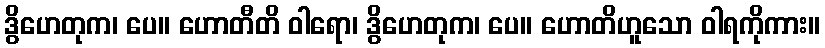
ဒွိဟေတုက၊ ပေ။ ဟောတီတိ ဝါရော၊ ဒွိဟေတုက၊ ပေ။ ဟောတိဟူသော ဝါရကိုကား။